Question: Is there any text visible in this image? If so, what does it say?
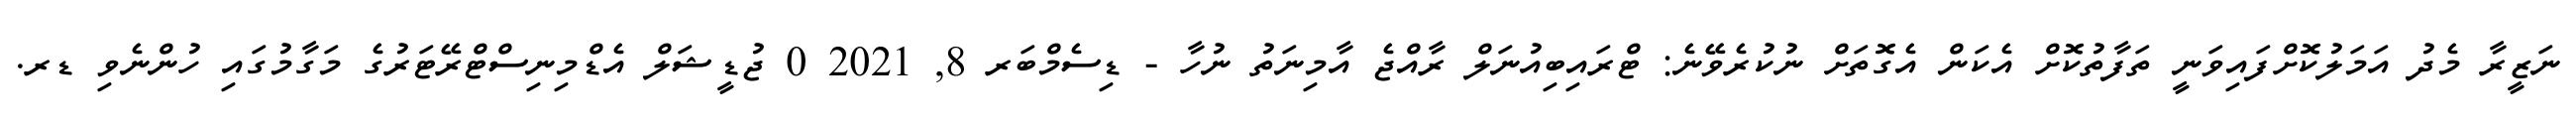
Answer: ނަޒީރާ މެދު އަމަލުކޮށްފައިވަނީ ތަފާތުކޮށް އެކަން އެގޮތަށް ނުކުރެވޭނެ: ޓްރައިބިއުނަލް ރާއްޖެ އާމިނަތު ނުހާ - ޑިސެމްބަރ 8, 2021 0 ޖުޑީޝަލް އެޑްމިނިސްޓްރޭޓަރުގެ މަގާމުގައި ހުންނެވި ޑރ.